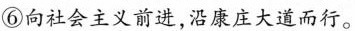
⑥向社会主义前进，沿康庄大道而行。